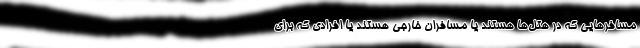
مسافرهایی که در هتل‌ها هستند یا مسافران خارجی هستند یا افرادی که برای